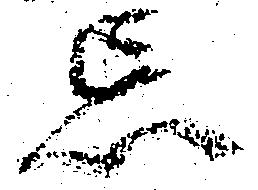
忌